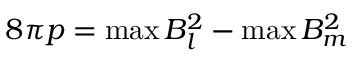
8 \pi p = \operatorname* { m a x } B _ { l } ^ { 2 } - \operatorname* { m a x } B _ { m } ^ { 2 }